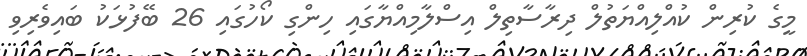
މީގެ ކުރިން ކުއްލިއްޔަތުލް ދިރާސާތިލް އިސްލާމިއްޔާގައި ހިންގި ކޯހުގައި 26 ބޭފުޅަކު ބައިވެރިވި